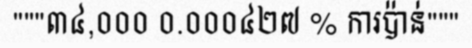
"""៣៤,០០០ ០.០០០៤២៧ % ការប៉ាន់"""